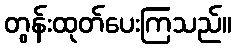
တွန်းထုတ်ပေးကြသည်။